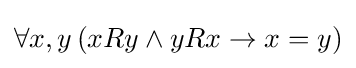
\forall x,y\,(xRy\wedge yRx\rightarrow x=y)